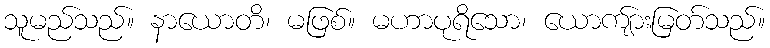
သူမည်သည်။ နာယောတိ၊ မဖြစ်။ မဟာပုရိသော၊ ယောကျ်ားမြတ်သည်။